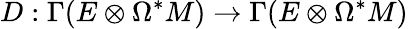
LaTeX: D:\Gamma(E\otimes\Omega^{*}M)\rightarrow\Gamma(E\otimes\Omega^{*}M)